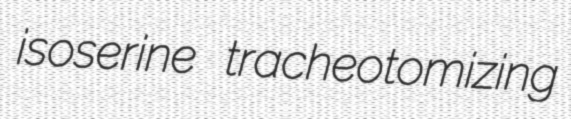
isoserine tracheotomizing